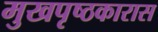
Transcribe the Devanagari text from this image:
मुखपृष्ठकारास